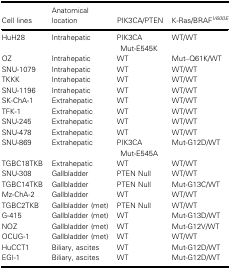
| Cell lines | Anatomical location | PIK3CA/PTEN | K‐Ras/BRAFV600E |
 | --- | --- | --- | --- |
 | HuH28 | Intrahepatic | PIK3CA Mut‐E545K | WT/WT |
 | OZ | Intrahepatic | WT | Mut–Q61K/WT |
 | SNU‐1079 | Intrahepatic | WT | WT/WT |
 | TKKK | Intrahepatic | WT | WT/WT |
 | SNU‐1196 | Intrahepatic | WT | WT/WT |
 | SK‐ChA‐1 | Extrahepatic | WT | WT/WT |
 | TFK‐1 | Extrahepatic | WT | WT/WT |
 | SNU‐245 | Extrahepatic | WT | WT/WT |
 | SNU‐478 | Extrahepatic | WT | WT/WT |
 | SNU‐869 | Extrahepatic | PIK3CA Mut‐E545A | Mut‐G12D/WT |
 | TGBC18TKB | Extrahepatic | WT | WT/WT |
 | SNU‐308 | Gallbladder | PTEN Null | WT/WT |
 | TGBC14TKB | Gallbladder | PTEN Null | Mut‐G13C/WT |
 | Mz‐ChA‐2 | Gallbladder | WT | WT/WT |
 | TGBC2TKB | Gallbladder (met) | PTEN Null | WT/WT |
 | G‐415 | Gallbladder (met) | WT | Mut‐G13D/WT |
 | NOZ | Gallbladder (met) | WT | Mut‐G12V/WT |
 | OCUG‐1 | Gallbladder (met) | WT | WT/WT |
 | HuCCT1 | Biliary, ascites | WT | Mut‐G12D/WT |
 | EGI‐1 | Biliary, ascites | WT | Mut‐G12D/WT |